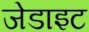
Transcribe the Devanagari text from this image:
जेडाइट